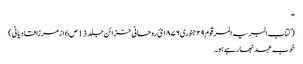
''
( کتاب البریہ المرقوم ٢٩ جنوری ١٨٧٦ئ روحانی خزائن جلد 13 ص6 ازمرزا قادیانی )
خوب عہد نبھارہے ہو۔